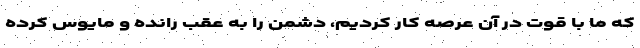
که ما با قوت در آن عرصه کار کردیم، دشمن را به عقب رانده و مایوس کرده